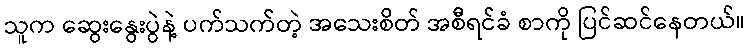
သူက ဆွေးနွေးပွဲနဲ့ ပက်သက်တဲ့ အသေးစိတ် အစီရင်ခံ စာကို ပြင်ဆင်နေတယ်။